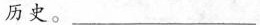
历史。___